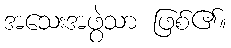
အသေးအဖွဲသာ ဖြစ်၏။